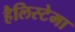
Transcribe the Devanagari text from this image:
हैलिस्टेमा